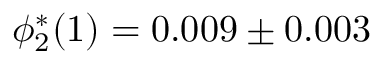
\phi _ { 2 } ^ { * } ( 1 ) = 0 . 0 0 9 \pm 0 . 0 0 3